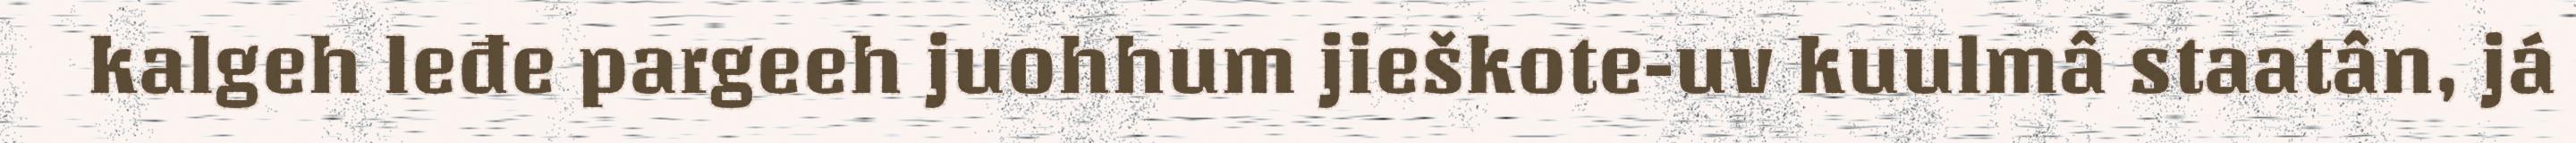
kalgeh leđe pargeeh juohhum jieškote-uv kuulmâ staatân, já